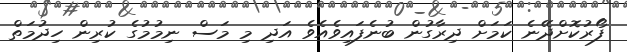
ފޯރުކޮށްދޭނެ ކަމަށް ދިރާގުން ބުނެފައިވެއެވެ އަދި މި މަސް ނިމުމުގެ ކުރިން ހިދުމަތް